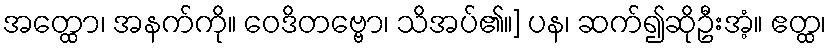
အတ္ထော၊ အနက်ကို။ ဝေဒိတဗ္ဗော၊ သိအပ်၏။] ပန၊ ဆက်၍ဆိုဦးအံ့။ ဧတ္ထ၊